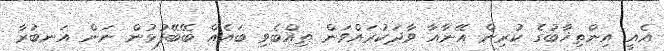
އެއީ އިންތިޚާބުގެ ކުރިން އޭނާއާ ވާދަކުރައްވަން ތިއްބެވި ބައެއް ބޭބޭފުޅުން ނަން އަނބުރާ